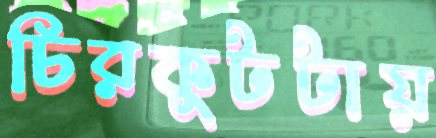
চিরকুটটায়